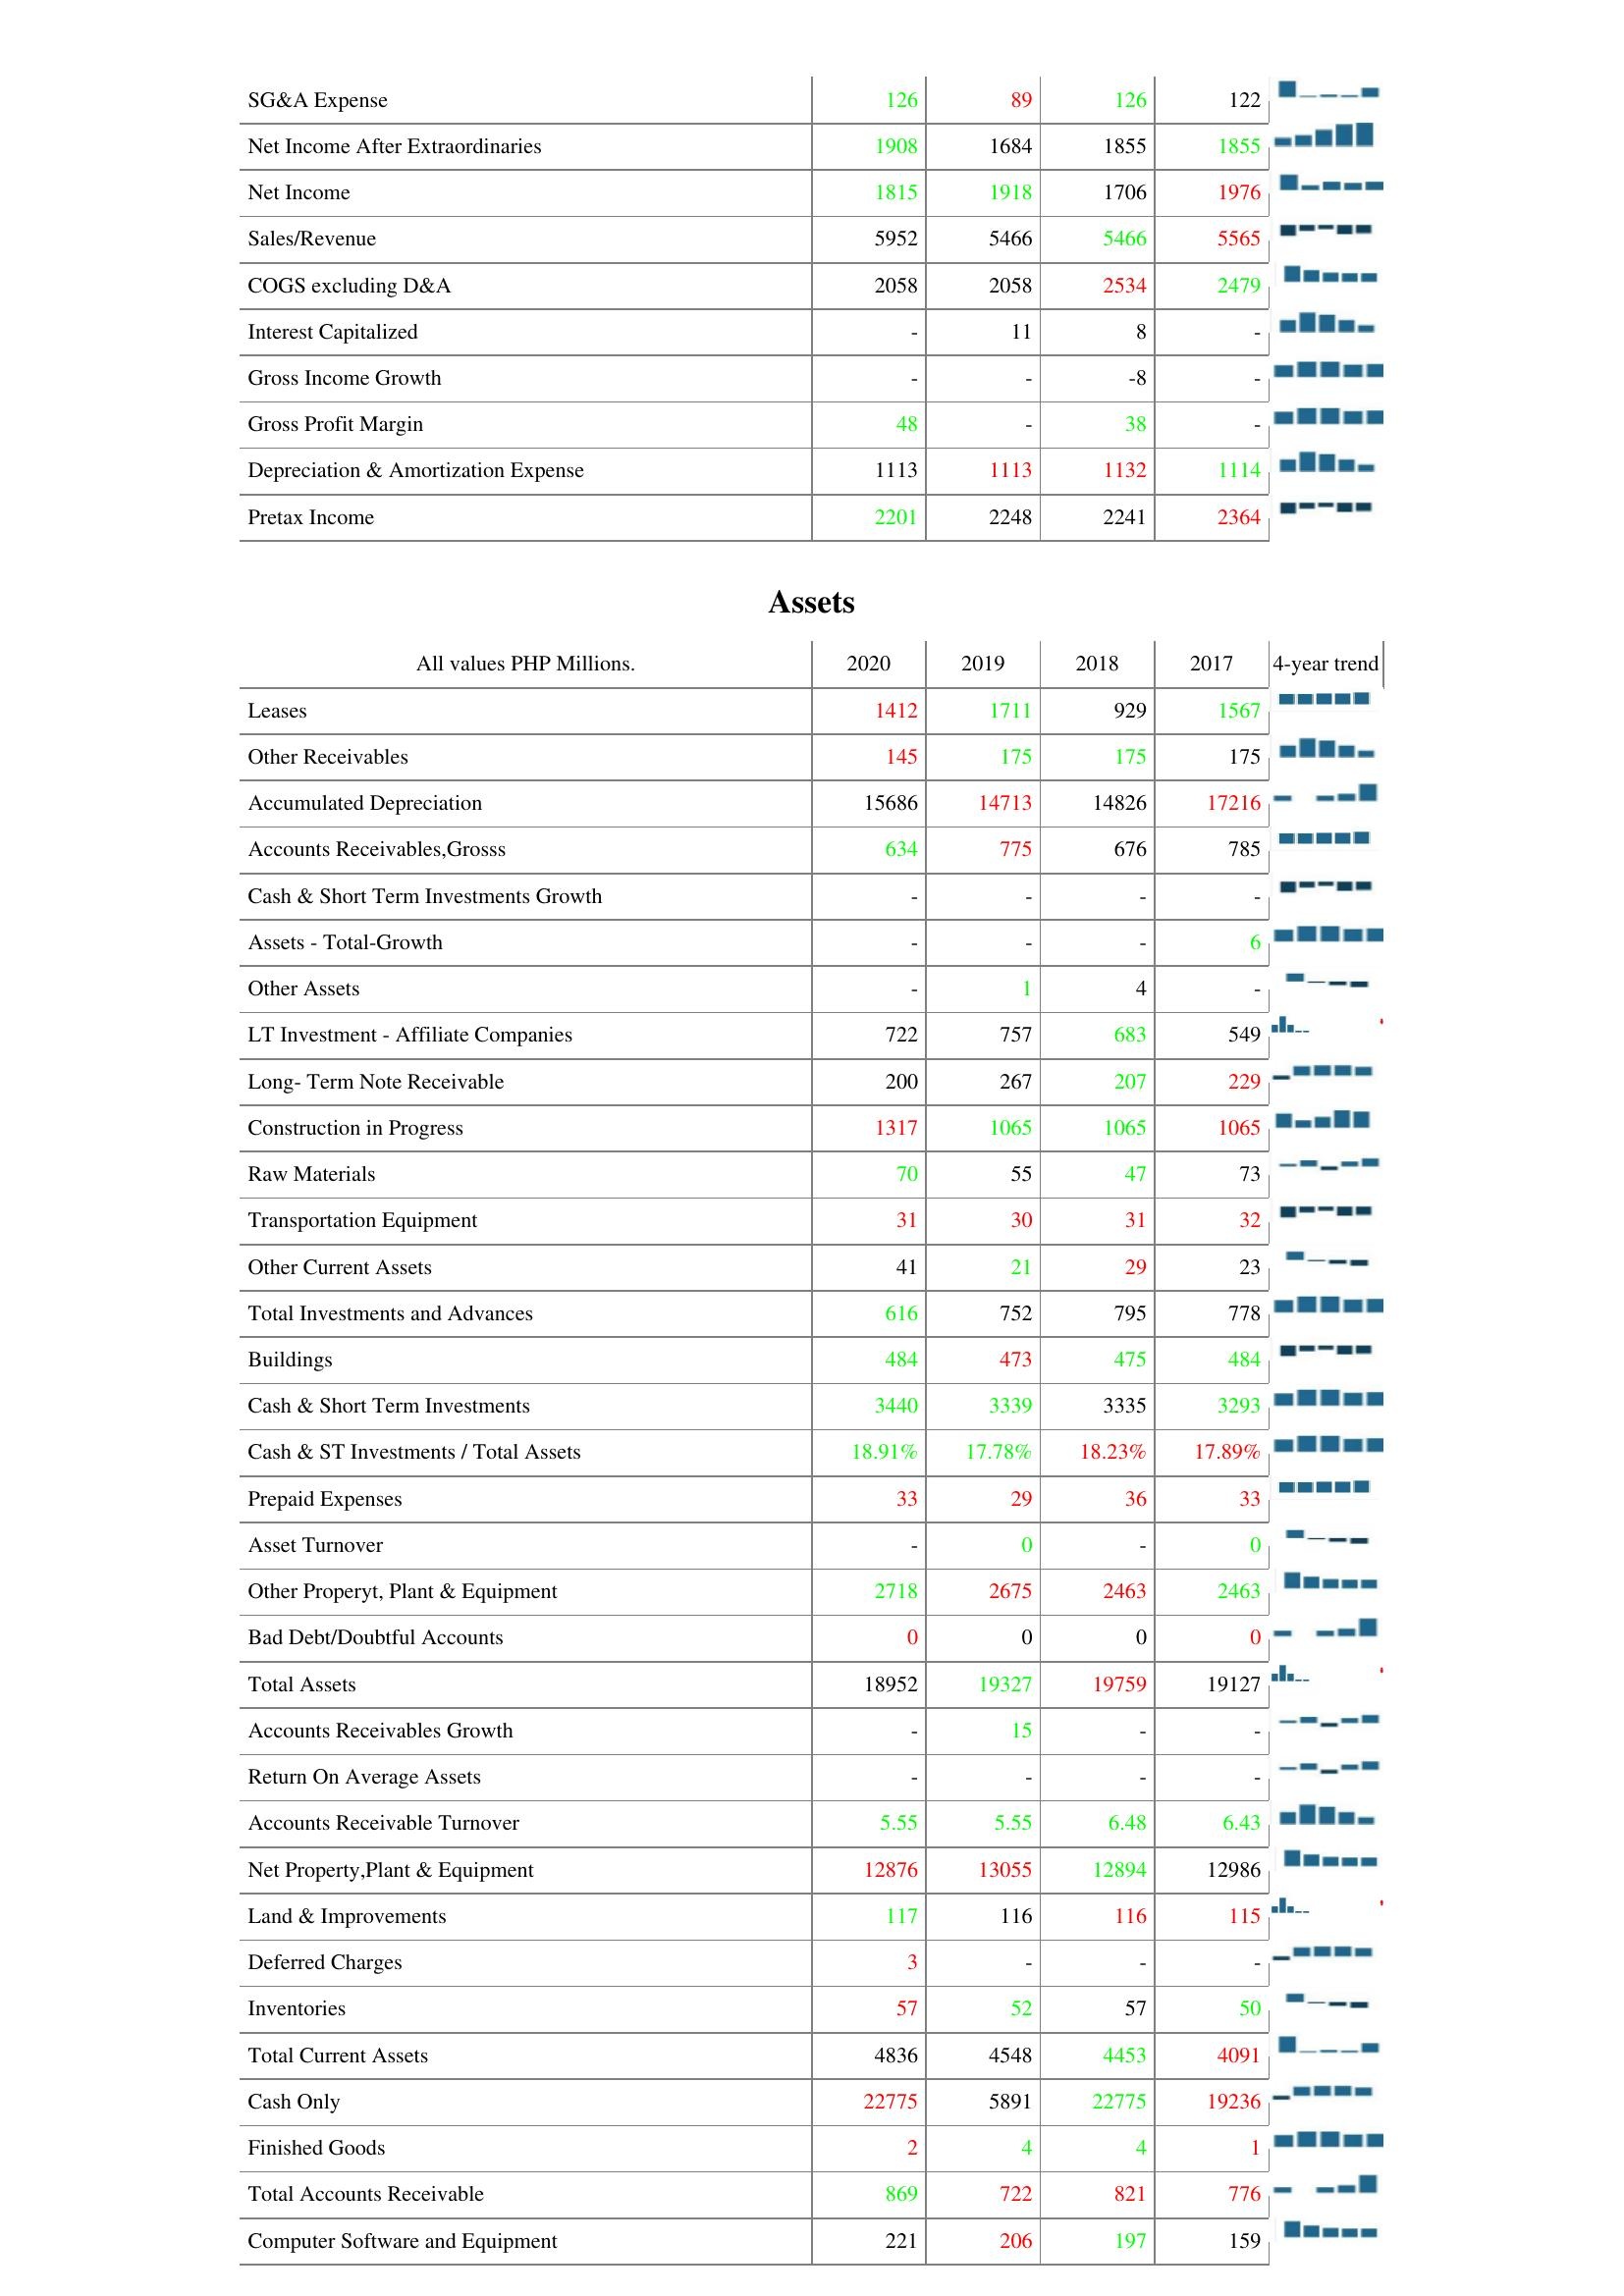
2020: : SG&A Expense: 126
Net Income After Extraordinaries: 1908
Net Income: 1815
Sales/Revenue: 5952
COGS excluding D&A: 2058
Interest Capitalized: -
Gross Income Growth: -
Gross Profit Margin: 48
Depreciation & Amortization Expense: 1113
Pretax Income: 2201
Assets: Leases: 1412
Other Receivables: 145
Accumulated Depreciation: 15686
Accounts Receivables,Grosss: 634
Cash & Short Term Investments Growth: -
Assets - Total-Growth: -
Other Assets: -
LT Investment - Affiliate Companies: 722
Long- Term Note Receivable: 200
Construction in Progress: 1317
Raw Materials: 70
Transportation Equipment: 31
Other Current Assets: 41
Total Investments and Advances: 616
Buildings: 484
Cash & Short Term Investments: 3440
Cash & ST Investments / Total Assets: 18.91%
Prepaid Expenses: 33
Asset Turnover: -
Other Properyt, Plant & Equipment: 2718
Bad Debt/Doubtful Accounts: 0
Total Assets: 18952
Accounts Receivables Growth: -
Return On Average Assets: -
Accounts Receivable Turnover: 5.55
Net Property,Plant & Equipment: 12876
Land & Improvements: 117
Deferred Charges: 3
Inventories: 57
Total Current Assets: 4836
Cash Only: 22775
Finished Goods: 2
Total Accounts Receivable: 869
Computer Software and Equipment: 221
2019: : SG&A Expense: 89
Net Income After Extraordinaries: 1684
Net Income: 1918
Sales/Revenue: 5466
COGS excluding D&A: 2058
Interest Capitalized: 11
Gross Income Growth: -
Gross Profit Margin: -
Depreciation & Amortization Expense: 1113
Pretax Income: 2248
Assets: Leases: 1711
Other Receivables: 175
Accumulated Depreciation: 14713
Accounts Receivables,Grosss: 775
Cash & Short Term Investments Growth: -
Assets - Total-Growth: -
Other Assets: 1
LT Investment - Affiliate Companies: 757
Long- Term Note Receivable: 267
Construction in Progress: 1065
Raw Materials: 55
Transportation Equipment: 30
Other Current Assets: 21
Total Investments and Advances: 752
Buildings: 473
Cash & Short Term Investments: 3339
Cash & ST Investments / Total Assets: 17.78%
Prepaid Expenses: 29
Asset Turnover: 0
Other Properyt, Plant & Equipment: 2675
Bad Debt/Doubtful Accounts: 0
Total Assets: 19327
Accounts Receivables Growth: 15
Return On Average Assets: -
Accounts Receivable Turnover: 5.55
Net Property,Plant & Equipment: 13055
Land & Improvements: 116
Deferred Charges: -
Inventories: 52
Total Current Assets: 4548
Cash Only: 5891
Finished Goods: 4
Total Accounts Receivable: 722
Computer Software and Equipment: 206
2018: : SG&A Expense: 126
Net Income After Extraordinaries: 1855
Net Income: 1706
Sales/Revenue: 5466
COGS excluding D&A: 2534
Interest Capitalized: 8
Gross Income Growth: -8
Gross Profit Margin: 38
Depreciation & Amortization Expense: 1132
Pretax Income: 2241
Assets: Leases: 929
Other Receivables: 175
Accumulated Depreciation: 14826
Accounts Receivables,Grosss: 676
Cash & Short Term Investments Growth: -
Assets - Total-Growth: -
Other Assets: 4
LT Investment - Affiliate Companies: 683
Long- Term Note Receivable: 207
Construction in Progress: 1065
Raw Materials: 47
Transportation Equipment: 31
Other Current Assets: 29
Total Investments and Advances: 795
Buildings: 475
Cash & Short Term Investments: 3335
Cash & ST Investments / Total Assets: 18.23%
Prepaid Expenses: 36
Asset Turnover: -
Other Properyt, Plant & Equipment: 2463
Bad Debt/Doubtful Accounts: 0
Total Assets: 19759
Accounts Receivables Growth: -
Return On Average Assets: -
Accounts Receivable Turnover: 6.48
Net Property,Plant & Equipment: 12894
Land & Improvements: 116
Deferred Charges: -
Inventories: 57
Total Current Assets: 4453
Cash Only: 22775
Finished Goods: 4
Total Accounts Receivable: 821
Computer Software and Equipment: 197
2017: : SG&A Expense: 122
Net Income After Extraordinaries: 1855
Net Income: 1976
Sales/Revenue: 5565
COGS excluding D&A: 2479
Interest Capitalized: -
Gross Income Growth: -
Gross Profit Margin: -
Depreciation & Amortization Expense: 1114
Pretax Income: 2364
Assets: Leases: 1567
Other Receivables: 175
Accumulated Depreciation: 17216
Accounts Receivables,Grosss: 785
Cash & Short Term Investments Growth: -
Assets - Total-Growth: 6
Other Assets: -
LT Investment - Affiliate Companies: 549
Long- Term Note Receivable: 229
Construction in Progress: 1065
Raw Materials: 73
Transportation Equipment: 32
Other Current Assets: 23
Total Investments and Advances: 778
Buildings: 484
Cash & Short Term Investments: 3293
Cash & ST Investments / Total Assets: 17.89%
Prepaid Expenses: 33
Asset Turnover: 0
Other Properyt, Plant & Equipment: 2463
Bad Debt/Doubtful Accounts: 0
Total Assets: 19127
Accounts Receivables Growth: -
Return On Average Assets: -
Accounts Receivable Turnover: 6.43
Net Property,Plant & Equipment: 12986
Land & Improvements: 115
Deferred Charges: -
Inventories: 50
Total Current Assets: 4091
Cash Only: 19236
Finished Goods: 1
Total Accounts Receivable: 776
Computer Software and Equipment: 159